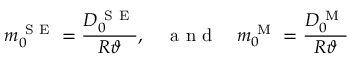
{ m } _ { 0 } ^ { \mathrm { ~ S ~ E ~ } } = \frac { D _ { 0 } ^ { \mathrm { ~ S ~ E ~ } } } { R \vartheta } , \quad \mathrm { ~ a ~ n ~ d ~ } \quad { m } _ { 0 } ^ { \mathrm { ~ M ~ } } = \frac { D _ { 0 } ^ { \mathrm { ~ M ~ } } } { R \vartheta }